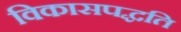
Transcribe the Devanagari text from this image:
विकासपद्धति